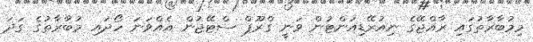
މިމުބާރާތުގައި ރާއްޖޭގެ ނިއުރޭޑިއަންޓުން ވަނީ ގްރޫޕް ސްޓޭޖުން އެއްވަނަ ހޯދައި މުބާރާތުގެ ގަދަ